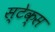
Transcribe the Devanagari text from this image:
स्टेक्स